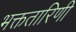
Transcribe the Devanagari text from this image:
भक्ततारिणी